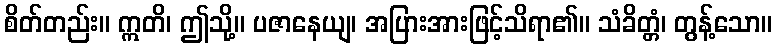
စိတ်တည်း။ ဣတိ၊ ဤသို့။ ပဇာနေယျ၊ အပြားအားဖြင့်သိရာ၏။ သံခိတ္တံ၊ တွန့်သော။